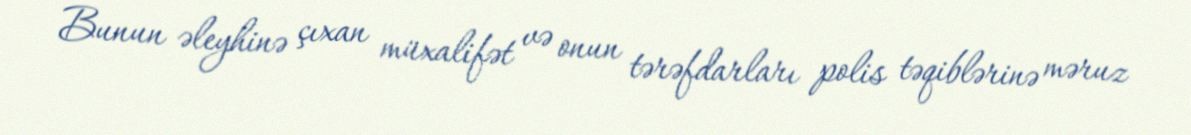
Bunun əleyhinə çıxan müxalifət və onun tərəfdarları polis təqiblərinə məruz